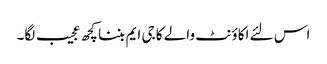
اس لئے اکاؤنٹ والے کا جی ایم بننا کچھ عجیب لگا۔